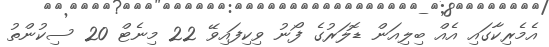
އެމެރިކާގައި އެއް ބިލިއަން ޑޮލަރުގެ ފޯނު ވިކިފައިވޭ 22 މިނެޓް 20 ސިކުންތު